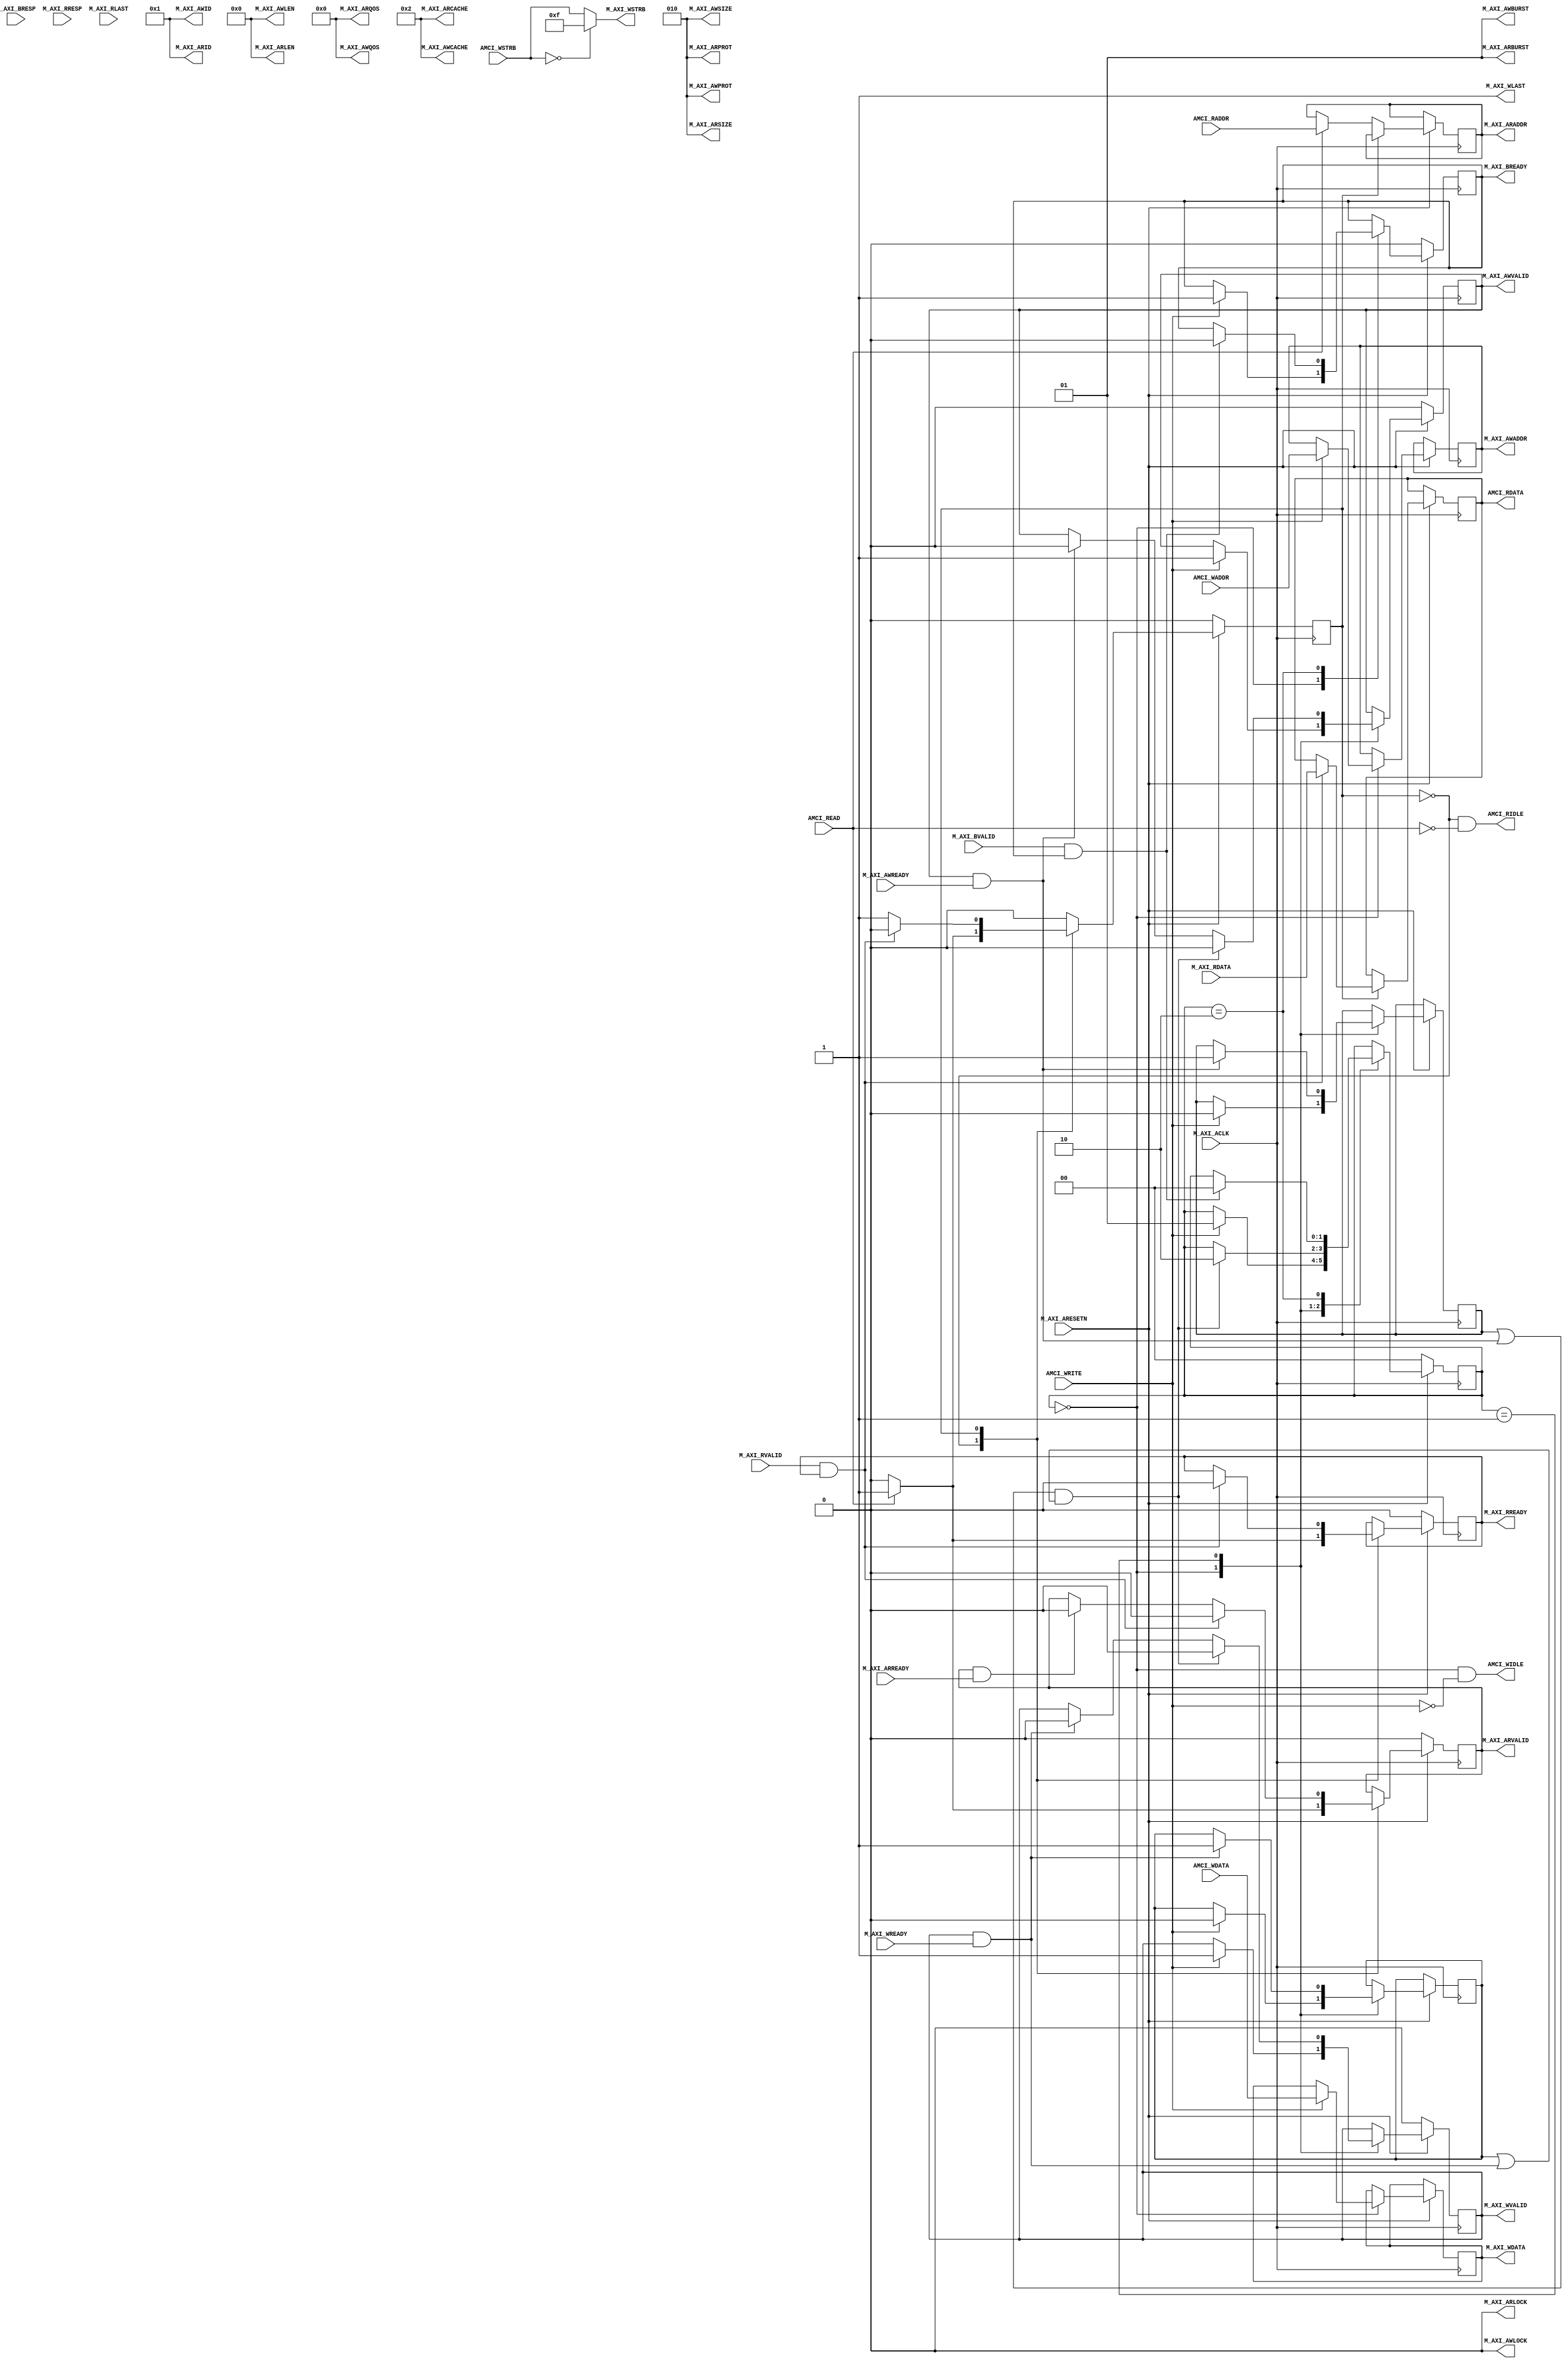
`timescale 1ns / 1ps
//////////////////////////////////////////////////////////////////////////////////
// 
//////////////////////////////////////////////////////////////////////////////////


module axi4_noburst_master#
(
    parameter integer AXI_DATA_WIDTH = 32,
    parameter integer AXI_ADDR_WIDTH = 32
)
(
    
    //====================== The user interface for writing ====================
    
    input  wire [AXI_ADDR_WIDTH-1:0]   AMCI_WADDR,
    input  wire [AXI_DATA_WIDTH-1:0]   AMCI_WDATA,
    input  wire [AXI_DATA_WIDTH/8-1:0] AMCI_WSTRB,
    input  wire                        AMCI_WRITE,
    output wire                        AMCI_WIDLE,
    //==========================================================================
    
    //====================== The user interface for reading ====================
    input  wire [AXI_ADDR_WIDTH-1:0]   AMCI_RADDR,
    output wire [AXI_DATA_WIDTH-1:0]   AMCI_RDATA,
    input  wire                        AMCI_READ,
    output wire                        AMCI_RIDLE,
    //==========================================================================


    //================== From here down is the AXI4 interface =================
    input wire  M_AXI_ACLK,
    input wire  M_AXI_ARESETN,
        
    // "Specify write address"              -- Master --    -- Slave --
    output wire [AXI_ADDR_WIDTH-1 : 0]      M_AXI_AWADDR,   
    output wire                             M_AXI_AWVALID,  
    input  wire                                             M_AXI_AWREADY,
    output wire[2:0]                        M_AXI_AWPROT,
    output wire[3:0]                        M_AXI_AWID,
    output wire[7:0]                        M_AXI_AWLEN,
    output wire[2:0]                        M_AXI_AWSIZE,
    output wire[1:0]                        M_AXI_AWBURST,
    output wire                             M_AXI_AWLOCK,
    output wire[3:0]                        M_AXI_AWCACHE,
    output wire[3:0]                        M_AXI_AWQOS,

    // "Write Data"                         -- Master --    -- Slave --
    output wire [AXI_DATA_WIDTH-1 : 0]      M_AXI_WDATA,      
    output wire                             M_AXI_WVALID,
    output wire [(AXI_DATA_WIDTH/8)-1:0]    M_AXI_WSTRB,
    output wire                             M_AXI_WLAST,
    input  wire                                             M_AXI_WREADY,

    // "Send Write Response"                -- Master --    -- Slave --
    input  wire [1 : 0]                                     M_AXI_BRESP,
    input  wire                                             M_AXI_BVALID,
    output wire                             M_AXI_BREADY,

    // "Specify read address"               -- Master --    -- Slave --
    output wire [AXI_ADDR_WIDTH-1 : 0]      M_AXI_ARADDR,     
    output wire                             M_AXI_ARVALID,
    output wire [2 : 0]                     M_AXI_ARPROT,     
    input  wire                                             M_AXI_ARREADY,
    output wire                             M_AXI_ARLOCK,
    output wire[3:0]                        M_AXI_ARID,
    output wire[7:0]                        M_AXI_ARLEN,
    output wire[2:0]                        M_AXI_ARSIZE,
    output wire[1:0]                        M_AXI_ARBURST,
    output wire[3:0]                        M_AXI_ARCACHE,
    output wire[3:0]                        M_AXI_ARQOS,


    // "Read data back to master"           -- Master --    -- Slave --
    input  wire [AXI_DATA_WIDTH-1 : 0]                      M_AXI_RDATA,
    input  wire                                             M_AXI_RVALID,
    input  wire [1 : 0]                                     M_AXI_RRESP,
    input  wire                                             M_AXI_RLAST,
    output wire                             M_AXI_RREADY
    //==========================================================================

);

    localparam AXI_DATA_BYTES = AXI_DATA_WIDTH/8;
    localparam AXI_ALL_LANES  = (1 << AXI_DATA_BYTES) - 1;



    //<><><><><><><><><><><><><><><><><><><><><><><><><><><><><><><><><><><><><><><><><><><><><><><><><><><><><    
    //<><><><><><><><><><><><><><><><><><><><><><><><><><><><><><><><><><><><><><><><><><><><><><><><><><><><><    
    //  Below, we're going to wire the "amci_xxx" half of the interface to the input and output ports of
    //  this module.   If you want to adapt this module to use custom drive logic (instead of using it as a
    //  stand-alone AXI bus-master module), remove the wiring below, remove the AMCI ports from this module's
    //  port list, and add your own custom logic below to drive the "amci" registers.
    //<><><><><><><><><><><><><><><><><><><><><><><><><><><><><><><><><><><><><><><><><><><><><><><><><><><><><    
    //<><><><><><><><><><><><><><><><><><><><><><><><><><><><><><><><><><><><><><><><><><><><><><><><><><><><><    


    //=========================================================================================================
    // FSM logic used for writing to the slave device.
    //
    //  To start:   amci_waddr = Address to write to
    //              amci_wdata = Data to write at that address
    //              amci_write = Pulsed high for one cycle
    //
    //  At end:     Write is complete when "amci_widle" goes high
    //              amci_wresp = AXI_BRESP "write response" signal from slave
    //=========================================================================================================
    reg[1:0]                    write_state = 0;

    // FSM user interface inputs
    reg[AXI_ADDR_WIDTH-1:0]     amci_waddr;
    reg[AXI_DATA_WIDTH-1:0]     amci_wdata;
    reg[AXI_DATA_BYTES-1:0]     amci_wstrb;
    reg                         amci_write;
    reg[2:0]                    amci_wresp;

    // FSM user interface outputs
    wire                        amci_widle = (write_state == 0 && amci_write == 0);     

    // AXI registers and outputs
    reg[AXI_ADDR_WIDTH-1:0]     m_axi_awaddr;
    reg[AXI_DATA_WIDTH-1:0]     m_axi_wdata;
    reg                         m_axi_awvalid = 0;
    reg                         m_axi_wvalid = 0;
    reg                         m_axi_bready = 0;
    reg                         saw_waddr_ready = 0;
    reg                         saw_wdata_ready = 0;

    // Wire up the AXI interface outputs
    assign M_AXI_AWADDR  = m_axi_awaddr;
    assign M_AXI_WDATA   = m_axi_wdata;
    assign M_AXI_AWVALID = m_axi_awvalid;
    assign M_AXI_WVALID  = m_axi_wvalid;
    assign M_AXI_AWPROT  = 3'b010;
    assign M_AXI_WSTRB   = amci_wstrb == 0 ? AXI_ALL_LANES : amci_wstrb;  // usually 4'b1111
    assign M_AXI_BREADY  = m_axi_bready;
    
    // AXI interface outputs that aren't in the AXI4-Lite spec
    assign M_AXI_AWID    = 1;   // Arbitrary ID
    assign M_AXI_AWLEN   = 0;   // Burst length of 1
    assign M_AXI_AWSIZE  = 2;   // 2 = 4 bytes per burst (assuming a 32-bit AXI data-bus)
    assign M_AXI_WLAST   = 1;   // Each beat is always the last beat of the burst
    assign M_AXI_AWBURST = 1;   // Each beat of the burst increments by 1 address (ignored)
    assign M_AXI_AWLOCK  = 0;   // Normal signaling
    assign M_AXI_AWCACHE = 2;   // Normal, no cache, no buffer
    assign M_AXI_AWQOS   = 0;   // Lowest quality of service, unused

    //=========================================================================================================
     
     // Define states that say "An xVALID signal and its corresponding xREADY signal are both asserted"
     wire avalid_and_ready = M_AXI_AWVALID & M_AXI_AWREADY;
     wire wvalid_and_ready = M_AXI_WVALID  & M_AXI_WREADY;
     wire bvalid_and_ready = M_AXI_BVALID  & M_AXI_BREADY;

    always @(posedge M_AXI_ACLK) begin


        // If we're in RESET mode...
        if (M_AXI_ARESETN == 0) begin
            write_state   <= 0;
            m_axi_awvalid <= 0;
            m_axi_wvalid  <= 0;
            m_axi_bready  <= 0;
        end        
        
        // Otherwise, we're not in RESET and our state machine is running
        else case (write_state)
            
            // Here we're idle, waiting for someone to raise the 'amci_write' flag.  Once that happens,
            // we'll place the user specified address and data onto the AXI bus, along with the flags that
            // indicate that the address and data values are valid
            0:  if (amci_write) begin
                    saw_waddr_ready <= 0;           // The slave has not yet asserted AWREADY
                    saw_wdata_ready <= 0;           // The slave has not yet asserted WREADY
                    m_axi_awaddr    <= amci_waddr;  // Place our address onto the bus
                    m_axi_wdata     <= amci_wdata;  // Place our data onto the bus
                    m_axi_awvalid   <= 1;           // Indicate that the address is valid
                    m_axi_wvalid    <= 1;           // Indicate that the data is valid
                    m_axi_bready    <= 1;           // Indicate that we're ready for the slave to respond
                    write_state     <= 1;           // On the next clock cycle, we'll be in the next state
                end
                
           // Here, we're waiting around for the slave to acknowledge our request by asserting M_AXI_AWREADY
           // and M_AXI_WREADY.  Once that happens, we'll de-assert the "valid" lines.  Keep in mind that we
           // don't know what order AWREADY and WREADY will come in, and they could both come at the same
           // time.      
           1:   begin   
           
                    // Keep track of whether we have seen the slave raise AWREADY
                    if (avalid_and_ready) begin
                        saw_waddr_ready <= 1;
                        m_axi_awvalid   <= 0;
                    end

                    // Keep track of whether we have seen the slave raise WREADY
                    if (wvalid_and_ready) begin
                        saw_wdata_ready <= 1; 
                        m_axi_wvalid    <= 0;
                    end
                    
                    // If we've seen AWREADY (or if its raised now) and if we've seen WREADY (or if it's raised now)...
                    if ((saw_waddr_ready || avalid_and_ready) && (saw_wdata_ready || wvalid_and_ready)) begin
                        m_axi_awvalid <= 0;
                        m_axi_wvalid  <= 0;
                        write_state   <= 2;
                    end
                end
                
           // Wait around for the slave to assert "M_AXI_BVALID".  When it does, we'll acknowledge
           // it by raising M_AXI_BREADY for one cycle, and go back to idle state
           2:   if (bvalid_and_ready) begin
                    amci_wresp   <= M_AXI_BRESP;
                    m_axi_bready <= 0;
                    write_state  <= 0;
                end

        endcase
    end
    //=========================================================================================================




    //=========================================================================================================
    // FSM logic used for reading from a slave device.
    //
    //  To start:   amci_raddr = Address to read from
    //              amci_read  = Pulsed high for one cycle
    //
    //  At end:   Read is complete when "amci_ridle" goes high.
    //            amci_rdata = The data that was read
    //            amci_rresp = The AXI "read response" that is used to indicate success or failure
    //=========================================================================================================
    reg                         read_state = 0;

    // FSM user interface inputs
    reg[AXI_ADDR_WIDTH-1:0]     amci_raddr;
    reg                         amci_read;

    // FSM user interface outputs
    reg[AXI_DATA_WIDTH-1:0]     amci_rdata;
    reg[1:0]                    amci_rresp;
    wire                        amci_ridle = (read_state == 0 && amci_read == 0);     

    // AXI registers and outputs
    reg[AXI_ADDR_WIDTH-1:0]     m_axi_araddr;
    reg                         m_axi_arvalid = 0;
    reg                         m_axi_rready;

    // Wire up the AXI interface outputs
    assign M_AXI_ARADDR  = m_axi_araddr;
    assign M_AXI_ARVALID = m_axi_arvalid;
    assign M_AXI_ARPROT  = 3'b010;
    assign M_AXI_RREADY  = m_axi_rready;
    
    // AXI interface outputs that aren't in the AXI4-Lite spec
    assign M_AXI_ARLOCK  = 0;   // Normal signaling
    assign M_AXI_ARID    = 1;   // Arbitrary ID
    assign M_AXI_ARLEN   = 0;   // Burst length of 1
    assign M_AXI_ARSIZE  = 2;   // 2 = 4 bytes per burst (assuming a 32-bit AXI data-bus)
    assign M_AXI_ARBURST = 1;   // Increment address on each beat of the burst (unused)
    assign M_AXI_ARCACHE = 2;   // Normal, no cache, no buffer
    assign M_AXI_ARQOS   = 0;   // Lowest quality of service (unused)
    //=========================================================================================================
    always @(posedge M_AXI_ACLK) begin
         
        if (M_AXI_ARESETN == 0) begin
            read_state    <= 0;
            m_axi_arvalid <= 0;
            m_axi_rready  <= 0;
        end else case (read_state)

            // Here we are waiting around for someone to raise "amci_read", which signals us to begin
            // a AXI read at the address specified in "amci_raddr"
            0:  if (amci_read) begin
                    m_axi_araddr  <= amci_raddr;
                    m_axi_arvalid <= 1;
                    m_axi_rready  <= 1;
                    read_state    <= 1;
                end else begin
                    m_axi_arvalid <= 0;
                    m_axi_rready  <= 0;
                    read_state    <= 0;
                end
            
            // Wait around for the slave to raise M_AXI_RVALID, which tells us that M_AXI_RDATA
            // contains the data we requested
            1:  begin
                    if (M_AXI_ARVALID && M_AXI_ARREADY) begin
                        m_axi_arvalid <= 0;
                    end

                    if (M_AXI_RVALID && M_AXI_RREADY) begin
                        amci_rdata    <= M_AXI_RDATA;
                        amci_rresp    <= M_AXI_RRESP;
                        m_axi_rready  <= 0;
                        m_axi_arvalid <= 0;
                        read_state    <= 0;
                    end
                end

        endcase
    end
    //=========================================================================================================


    //=========================================================================================================
    // Wire the "write-to-slave" FSM inputs and outputs to the module ports
    //=========================================================================================================
    always @(*) begin
        amci_waddr <= AMCI_WADDR;
        amci_wdata <= AMCI_WDATA;
        amci_write <= AMCI_WRITE;
        amci_wstrb <= AMCI_WSTRB;
    end
    assign AMCI_WIDLE = amci_widle;    
    //=========================================================================================================

    //=========================================================================================================
    // Wire the "read-from-slave" FSM inputs and outputs to the module ports
    //=========================================================================================================
    always @(*) begin
        amci_raddr <= AMCI_RADDR;
        amci_read  <= AMCI_READ;
    end 
    assign AMCI_RIDLE = amci_ridle;
    assign AMCI_RDATA = amci_rdata;
    //=========================================================================================================

endmodule